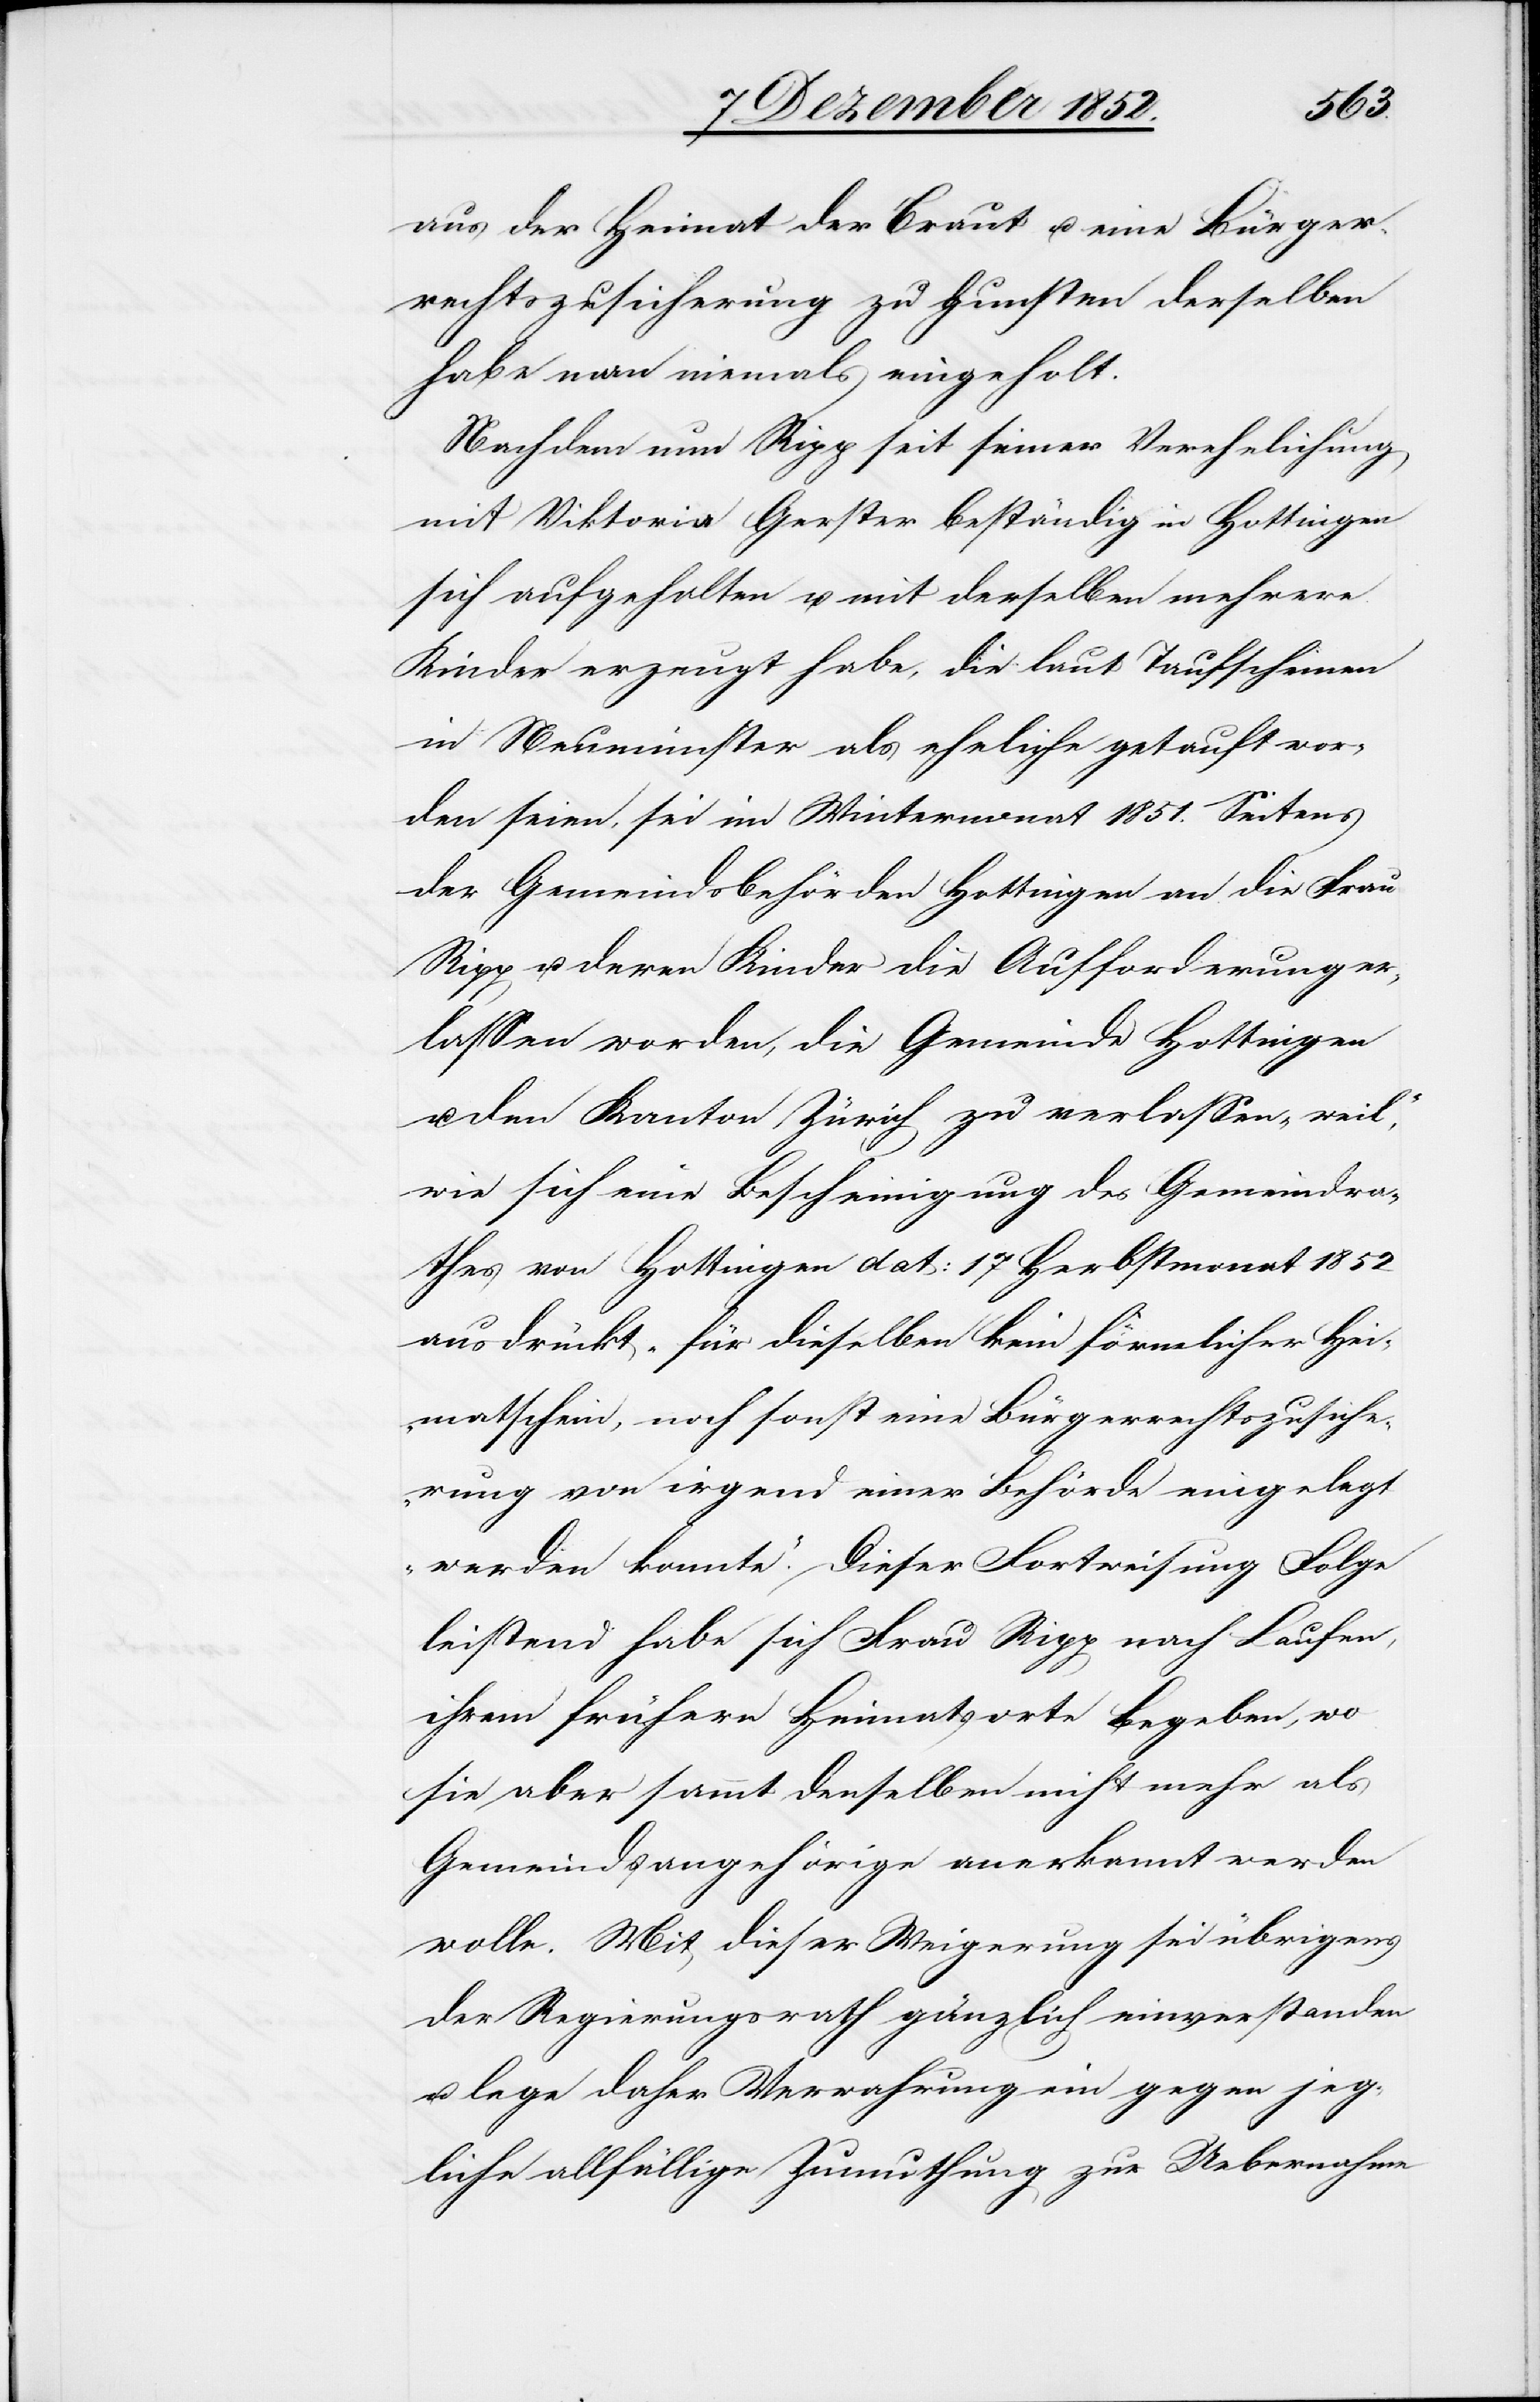
aus der Heimat der Braut u. eine Bürger¬
rechtszusicherung zu Gunsten derselben
habe man niemals eingeholt.
Nachdem nun Ripp seit seiner Verehelichung
mit Viktoria Gerster beständig in Hottingen
sich aufgehalten u. mit derselben mehrere
Kinder erzeugt habe, die laut Taufscheinen
in Neumünster als eheliche getauft wor¬
den seien, sei im Wintermonat 1851. Seitens
der Gemeindsbehörden Hottingen an die Frau
Ripp u. deren Kinder die Aufforderung er¬
lassen worden, die Gemeinde Hottingen
u. den Kanton Zürich zu verlassen „weil“,
wie sich eine Bescheinigung des Gemeindra¬
thes von Hottingen dat: 17 Herbstmonat 1852
ausdrückt „für dieselben kein förmlicher Hei¬
matschein, noch sonst eine Bürgerrechtszusiche¬
rung von irgend einer Behörde eingelegt
werden konnte.“ Dieser Fortweisung Folge
leistend habe sich Frau Ripp nach Laufen,
ihrem frühern Heimatsorte Begeben
sie aber sammt denselben nicht mehr als
Gemeindsangehörige anerkannt werden
wolle. Mit dieser Weigerung sei übrigens
der Regierungsrath gänzlich einverstanden
u. lege daher Verwahrung ein gegen jeg¬
liche allfällige Zumuthung zur Uebernahme